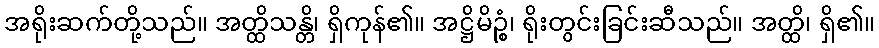
အရိုးဆက်တို့သည်။ အတ္ထိသန္တိ၊ ရှိကုန်၏။ အဋ္ဌိမိဉ္စံ၊ ရိုးတွင်းခြင်းဆီသည်။ အတ္ထိ၊ ရှိ၏။